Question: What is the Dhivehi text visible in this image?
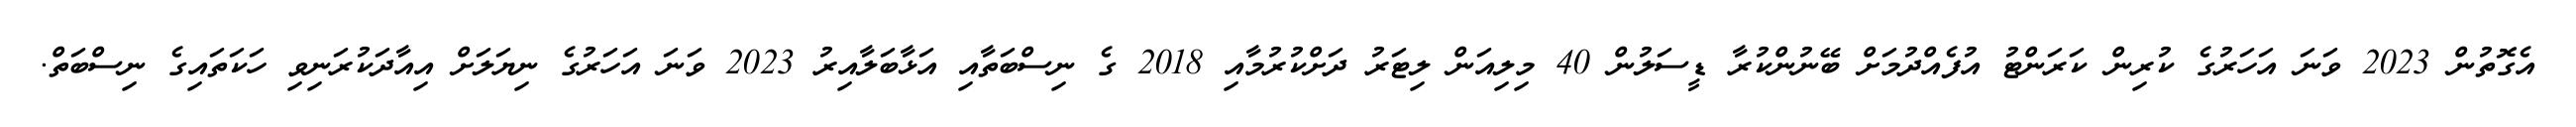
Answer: އެގޮތުން 2023 ވަނަ އަހަރުގެ ކުރިން ކަރަންޓު އުފެއްދުމަށް ބޭނުންކުރާ ޑީސަލުން 40 މިލިއަން ލިޓަރު ދަށްކުރުމާއި 2018 ގެ ނިސްބަތާއި އަޅާބަލާއިރު 2023 ވަނަ އަހަރުގެ ނިޔަލަށް އިއާދަކުރަނިވި ހަކަތައިގެ ނިސްބަތް.